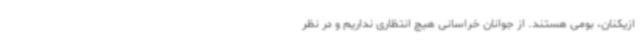
ازیکنان، بومی هستند. از جوانان خراسانی هیچ انتظاری نداریم و در نظر